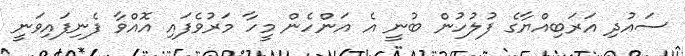
ސައުދި އަރަބިއްޔާގެ ފުލުހުން ބުނީ އެ އަންހެން މީހާ މަރުވެފައި އޮއްވާ ފެނިފައިވަނީ